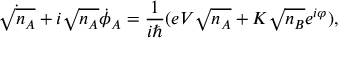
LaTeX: { \dot { \sqrt { n _ { A } } } } + i { \sqrt { n _ { A } } } { \dot { \phi } } _ { A } = { \frac { 1 } { i \hbar } } ( e V { \sqrt { n _ { A } } } + K { \sqrt { n _ { B } } } e ^ { i \varphi } ) ,